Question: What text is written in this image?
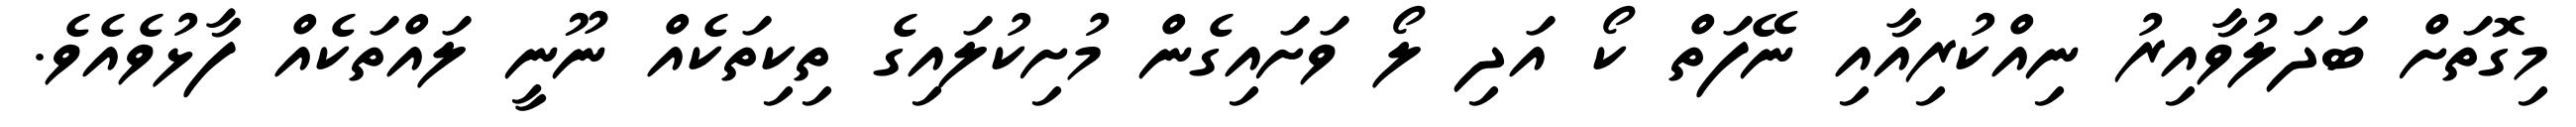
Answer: މިގޮތަށް ބަދަލުވާއިރު ނިއްކުރިއާއި ނޭފަތް ކޯ އަދި ލޯ ވަށައިގެން މުށިކުލައިގެ ތިކިތަކެއް ނޫނީ ލައްތަކެއް ފާޅުވެއެވެ.